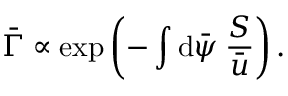
\bar { \Gamma } \propto \exp \left( - \int \mathrm { d } \bar { \psi } \: \frac { S } { \bar { u } } \right) .